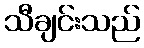
သီချင်းသည်